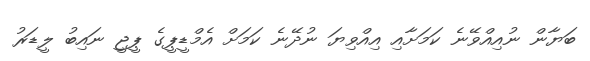
ބަޔާން ނުއިއްވޭނެ ކަމަށާއި އިއްވިޔަ ނުދޭނެ ކަމަށް އެމްޑީޕީގެ ޕީޖީ ނައިބު ލީޑަރު